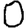
Digit: 0